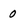
Character: 0